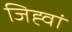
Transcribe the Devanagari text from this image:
जिह्वां